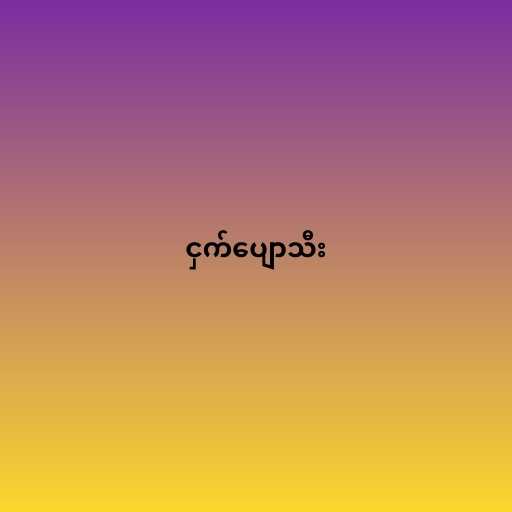
ငှက်ပျောသီး